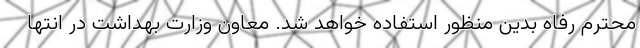
محترم رفاه بدین منظور استفاده خواهد شد. معاون وزارت بهداشت در انتها